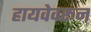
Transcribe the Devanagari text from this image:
हायवेवरून